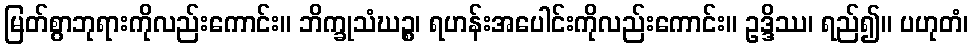
မြတ်စွာဘုရားကိုလည်းကောင်း။ ဘိက္ခုသံဃဉ္စ၊ ရဟန်းအပေါင်းကိုလည်းကောင်း။ ဥဒ္ဒိဿ၊ ရည်၍။ ပဟုတံ၊